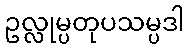
ဥလ္လုမ္ပတုပသမ္ပဒါ